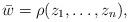
LaTeX: \begin{align*}\bar{w} = \rho(z_1,\ldots,z_n),\end{align*}